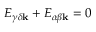
E _ { \gamma \delta \mathbf { k } } + E _ { \alpha \beta \mathbf { k } } = 0